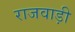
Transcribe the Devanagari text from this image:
राजवाड़ी